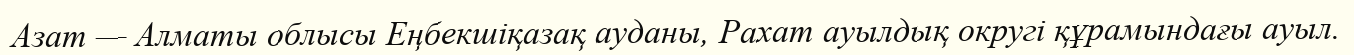
Азат — Алматы облысы Еңбекшіқазақ ауданы, Рахат ауылдық округі құрамындағы ауыл.